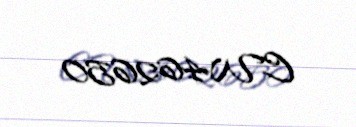
CW462650